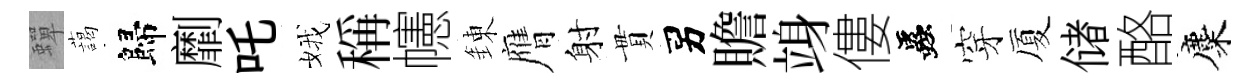
蟬藹歸劘吒娥稱幰錬膺射貫男贍竧僂蟲穿厦储酪麋